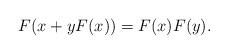
LaTeX: \begin{align*}F(x+yF(x))=F(x)F(y).\end{align*}